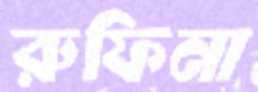
রুফিনা